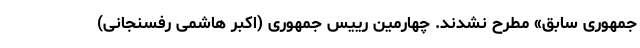
جمهوری سابق» مطرح نشدند. چهارمین رییس جمهوری (‌اکبر هاشمی رفسنجانی)